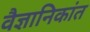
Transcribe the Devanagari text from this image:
वैज्ञानिकांत